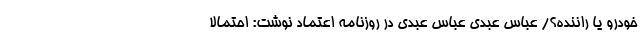
خودرو یا راننده؟/ عباس عبدی عباس عبدی در روزنامه اعتماد نوشت: احتمالاً